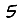
Digit: 5